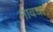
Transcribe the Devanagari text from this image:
नावचा